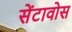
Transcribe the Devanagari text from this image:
सेंटावोस